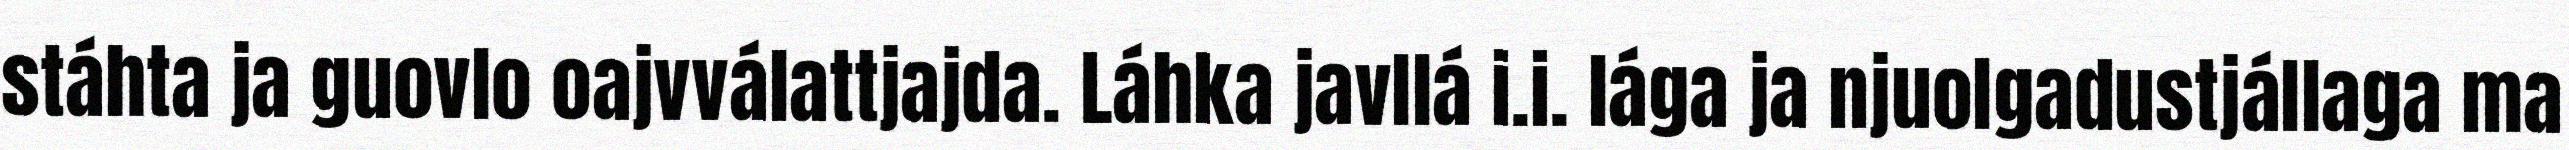
stáhta ja guovlo oajvválattjajda. Láhka javllá i.i. lága ja njuolgadustjállaga ma